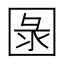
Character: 𱖂